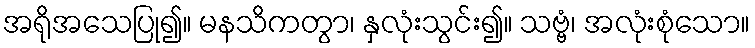
အရိုအသေပြု၍။ မနသိကတွာ၊ နှလုံးသွင်း၍။ သဗ္ဗံ၊ အလုံးစုံသော။